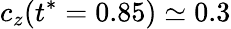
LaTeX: c_{z}(t^{*}=0.85)\simeq 0.3